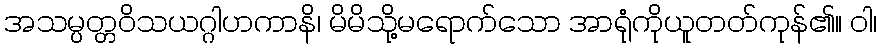
အသမ္ပတ္တဝိသယဂ္ဂါဟကာနိ၊ မိမိသို့မရောက်သော အာရုံကိုယူတတ်ကုန်၏။ ဝါ၊